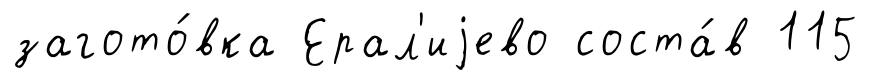
загото́вка Ерал'иjево соста́в 115